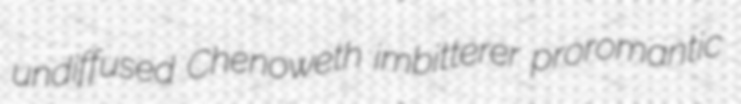
undiffused Chenoweth imbitterer proromantic